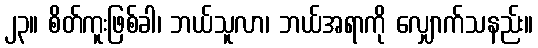
၂၃။ စိတ်ကူးဖြစ်ခါ၊ ဘယ်သူလာ၊ ဘယ်အရာကို လျှောက်သနည်း။